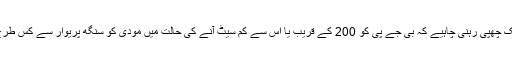
ایک بات ایسی ہے جو آخری وقت تک چھپی رہنی چاہیے کہ بی جے پی کو 200 کے قریب یا اس سے کم سیٹ آنے کی حالت میں مودی کو سنگھ پریوار سے کس طرح کی حمایت کی امید کر سکتے ہیں۔